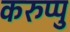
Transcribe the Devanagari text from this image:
करुप्पु